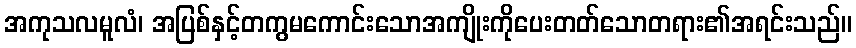
အကုသလမူလံ၊ အပြစ်နှင့်တကွမကောင်းသောအကျိုးကိုပေးတတ်သောတရား၏အရင်းသည်။